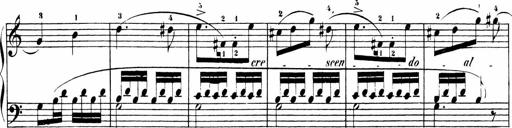
Title: Sonatinas
Composer: Andrew Violette